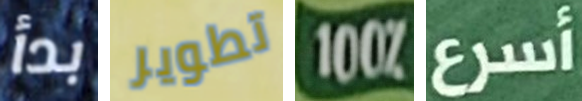
بدأ تطوير 100% أسرع